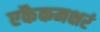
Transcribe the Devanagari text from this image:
एकैकमक्षरं